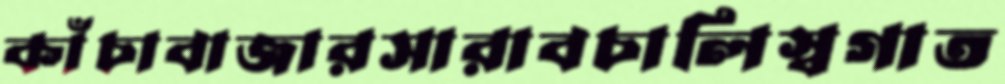
কাঁচাবাজারসারাবচালিস্বগাত